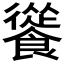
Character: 𩞐